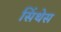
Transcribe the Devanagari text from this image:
सिंथेस